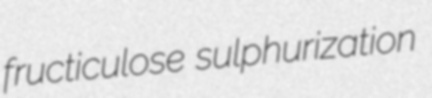
fructiculose sulphurization